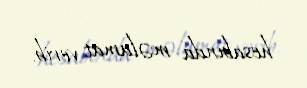
hesabında məlumat verib.